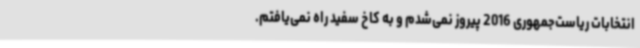
انتخابات ریاست‌جمهوری 2016 پیروز نمی‌شدم و به کاخ سفید راه نمی‌یافتم.